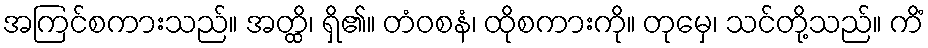
အကြင်စကားသည်။ အတ္ထိ၊ ရှိ၏။ တံဝစနံ၊ ထိုစကားကို။ တုမှေ၊ သင်တို့သည်။ ကိံ